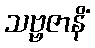
သဗ္ဗဇာနိံ